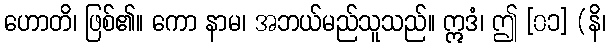
ဟောတိ၊ ဖြစ်၏။ ကော နာမ၊ အဘယ်မည်သူသည်။ ဣဒံ၊ ဤ [၀၁] (နိ၊